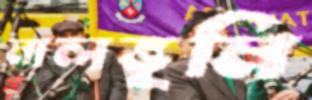
মালভূমি